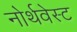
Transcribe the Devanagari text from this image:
नोर्थवेस्ट